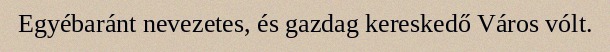
Egyébaránt nevezetes, és gazdag kereskedő Város vólt.